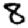
Digit: 8